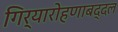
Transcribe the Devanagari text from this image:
गिर्यारोहणाबद्दल